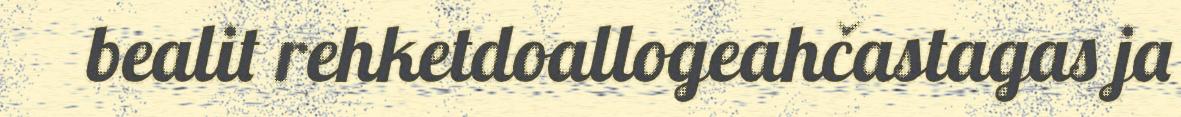
bealit rehketdoallogeahčastagas ja